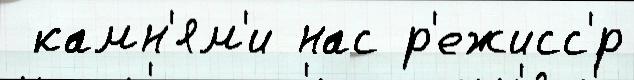
 камн'ям'и нас р'ежисс'́р